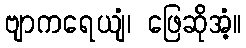
ဗျာကရေယျံ၊ ဖြေဆိုအံ့။